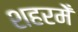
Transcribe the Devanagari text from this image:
शहरमेँ